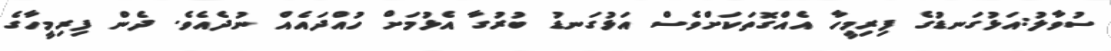
ސުވާލު:އަޅުގަނޑުގެ ފިރިމީހާ އެއްގޮތަކަށްވެސް އަޅުގަނޑު ބުރުގާ އެޅުމަށް ހުއްދައެއް ނުދެއެވެ. ދެން ފިރިމީހާގެ